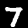
Digit: 7